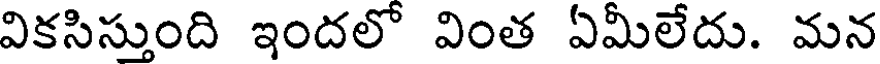
వికసిస్తుంది ఇందలో వింత ఏమీలేదు. మన